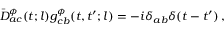
\bar { \cal D } _ { a c } ^ { \phi } ( t ; l ) g _ { c b } ^ { \phi } ( t , t ^ { \prime } ; l ) = - i \delta _ { a b } \delta ( t - t ^ { \prime } ) \, ,